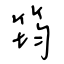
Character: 筠